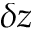
\delta z